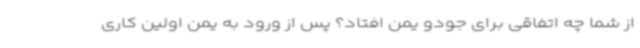
از شما چه اتفاقی برای جودو یمن افتاد؟ پس از ورود به یمن اولین کاری